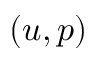
( u , p )